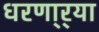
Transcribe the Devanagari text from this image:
धरणा्र्‍या